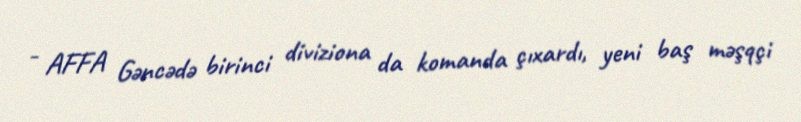
- AFFA Gəncədə birinci diviziona da komanda çıxardı, yeni baş məşqçi